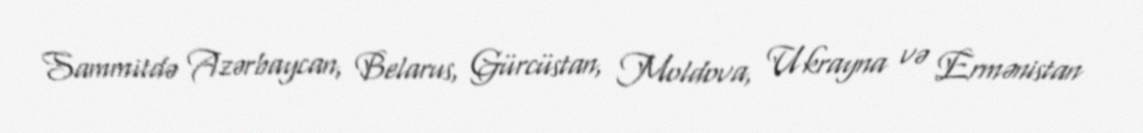
Sammitdə Azərbaycan, Belarus, Gürcüstan, Moldova, Ukrayna və Ermənistan